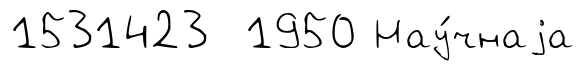
1531423 1950 Нау́чнаjа